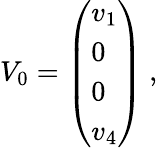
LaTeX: V_{0}=\left({\begin{array}{l}{{v_{1}}}\\ {{0}}\\ {{0}}\\ {{v_{4}}}\end{array}}\right)\ ,